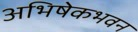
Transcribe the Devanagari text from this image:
अभिषेकभवन